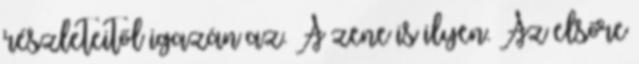
részleteitől igazán az. A zene is ilyen. Az elsőre